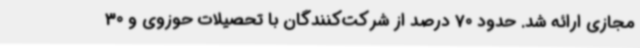
مجازی ارائه شد. حدود 70 درصد از شرکت‌کنندگان با تحصیلات حوزوی و 30